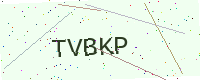
Text: TVBKP